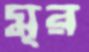
মূর